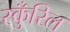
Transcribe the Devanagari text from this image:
स्कुँरिल